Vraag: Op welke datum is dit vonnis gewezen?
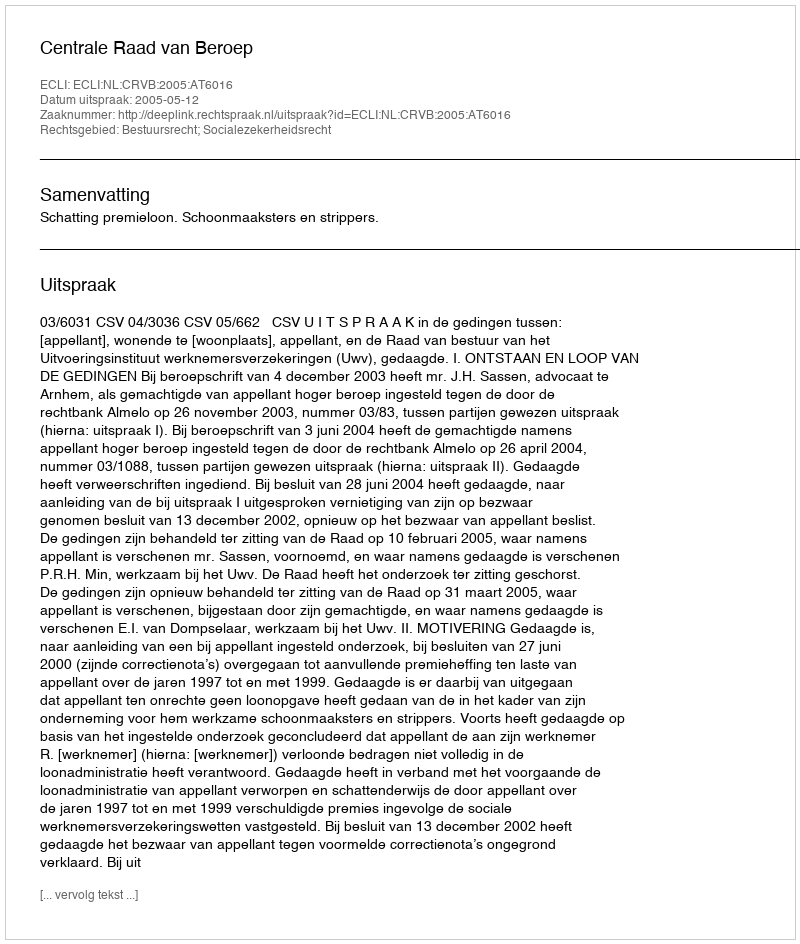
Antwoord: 2005-05-12